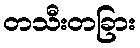
တသီးတခြား